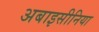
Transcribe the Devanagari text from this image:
अबाइसीनिया